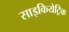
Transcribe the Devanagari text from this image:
साइकियेट्रिक